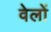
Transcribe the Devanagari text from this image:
वेलों